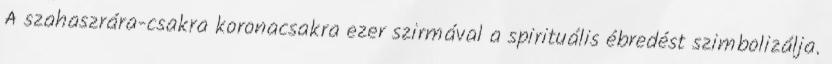
A szahaszrára-csakra koronacsakra ezer szirmával a spirituális ébredést szimbolizálja.